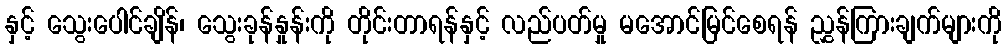
နှင့် သွေးပေါင်ချိန်၊ သွေးခုန်နှုန်းကို တိုင်းတာရန်နှင့် လည်ပတ်မှု မအောင်မြင်စေရန် ညွှန်ကြားချက်များကို